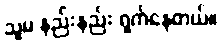
သူမ နည်းနည်း ရှက်နေတယ်။